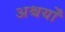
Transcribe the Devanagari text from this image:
अश्चर्यों